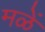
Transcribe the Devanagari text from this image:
मळें